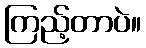
ကြည့်တာပဲ။